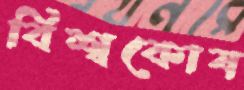
বিশ্বকোষ